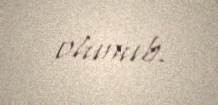
olunub.